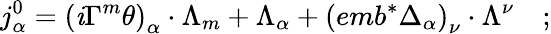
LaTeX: j_{\alpha}^{0}=\left(\mathit{i}\Gamma^{m}\theta\right)_{\alpha}\cdot\Lambda_{m}+\Lambda_{\alpha}+\left(emb^{*}\Delta_{\alpha}\right)_{\nu}\cdot\Lambda^{\nu}\quad;